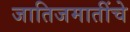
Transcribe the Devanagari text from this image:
जातिजमातींचे